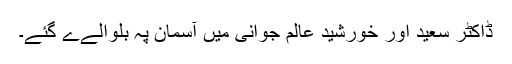
ڈاکٹر سعید اور خورشید عالم جوانی میں آسمان پہ بلوالےے گئے۔